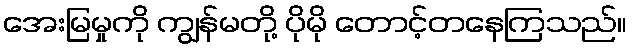
အေးမြမှုကို ကျွန်မတို့ ပိုမို တောင့်တနေကြသည်။